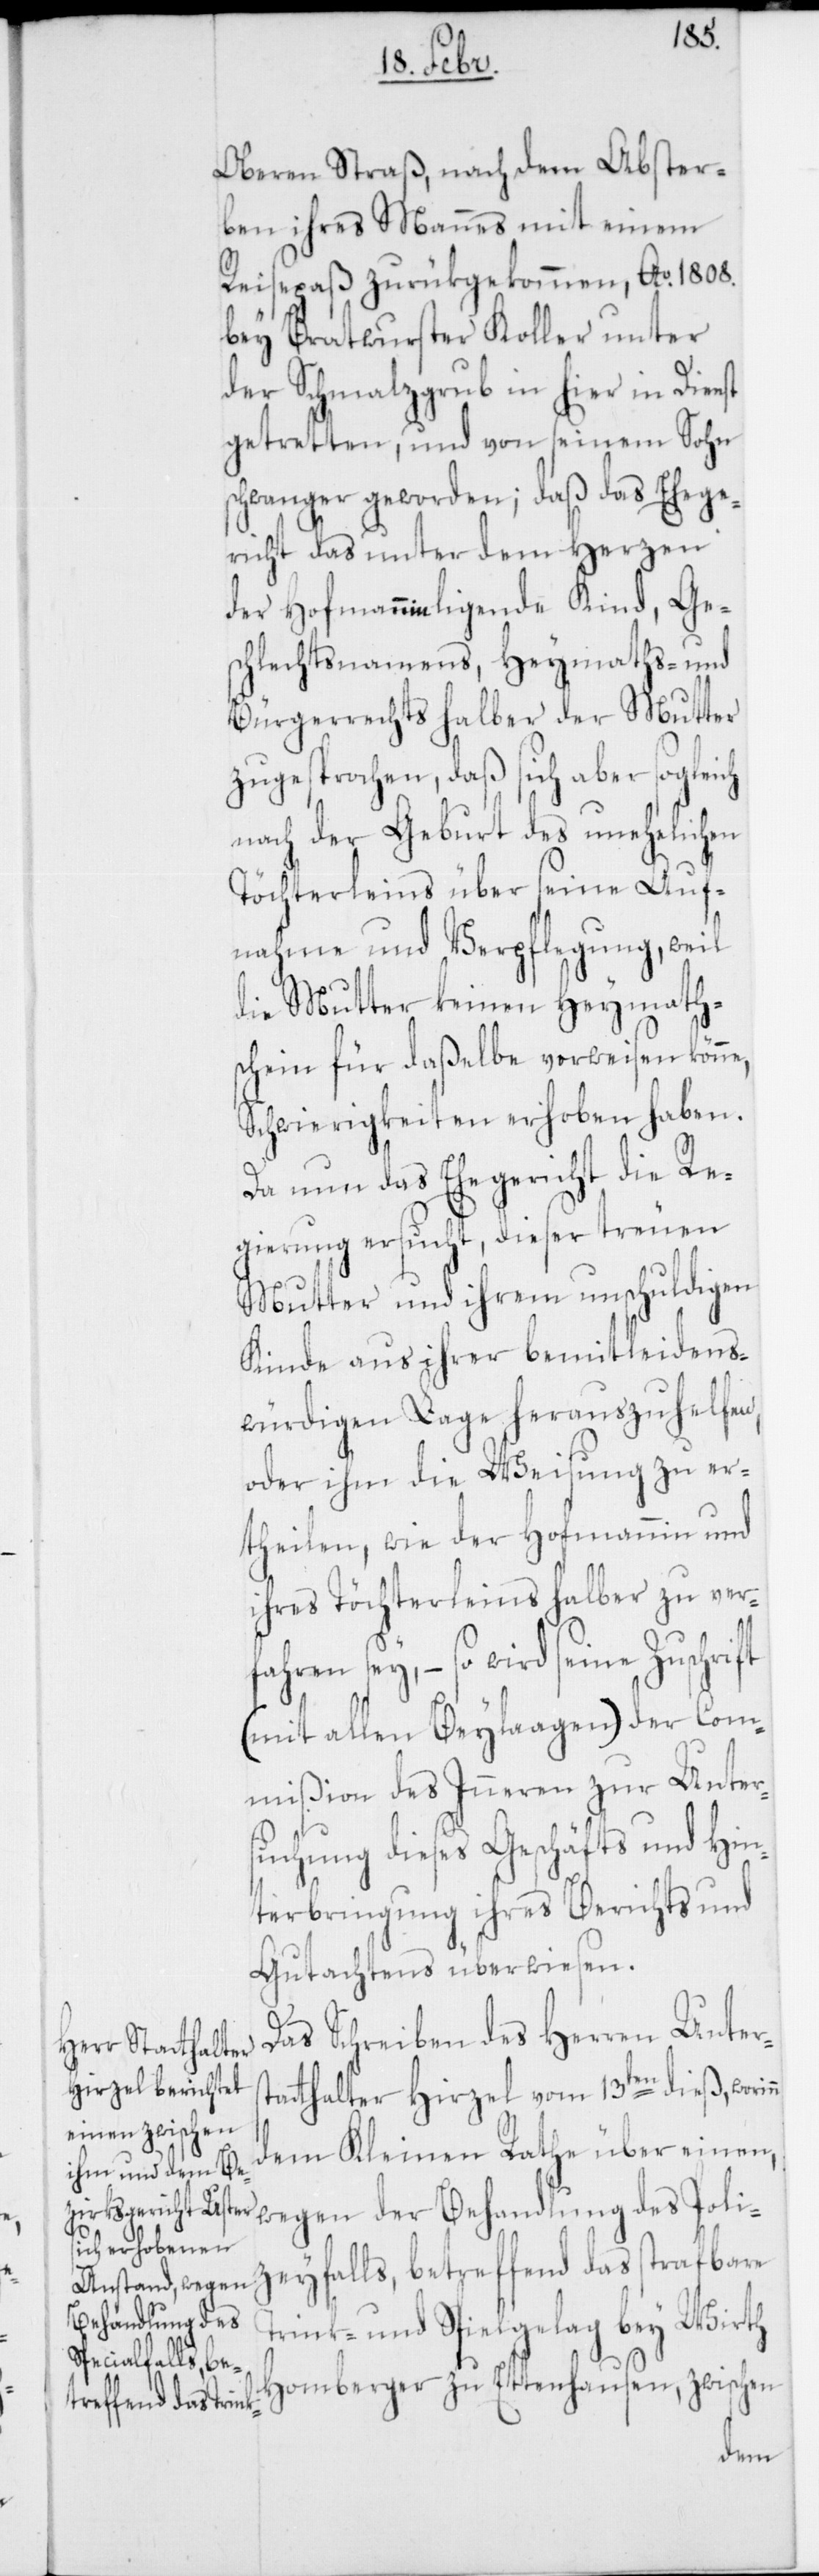
Oberen Straß, nach dem Abster¬
ben ihres Mannes mit einem
Reisepaß zurükgekommen, Ao 1808.
bey Bratwurster Koller unter
der Schmahlzgrub in hier in Dienst
getrettenen, und von seinem Sohn
schwanger geworden; daß das Ehege¬
richt das unter dem Herzen
schlechtsnamens, Heymaths- und
Bürgerrechts halber der Mutter
zugesprochen, daß sich aber sogleich
nach der Geburt des unehelichen
Töchterleins über seine Auf¬
nahme und Verpflegung, weil
die Mutter keinen Heymath¬
schein für daßelbe vorweisen kön¬
Schwierigkeiten erhoben haben.
Da nun das Ehegericht die Re¬
gierung ersucht, dieser treuen
Mutter und ihrem unschuldigen
Kinde aus ihrer bemitleidens¬
würdigen Lage herauszuhelfen,
oder ihm die Weisung zu er¬
theilen, wie der Hofmannin und
ihres Töchterleins halber zu ver¬
fahren sey, – so wird seine Zuschrift
(mit allen Beylagen) der Com¬
mißion des Inneren zur Unter¬
suchung dieses Geschäfts und Hin¬
terbringung ihres Berichts und
Gutachtens überwiesen.
Das Schreiben des Herren Unters¬
tatthalter Hirzel vom 13ten dieß, wori¬
dem Kleinen Rathe über einen,
wegen der Behandlung des Poli¬
zeyfalls, betreffend das strafbare
Trink- und Spielgelag bey Wirth
Homberger zu Ettenhausen, zwischen
nn